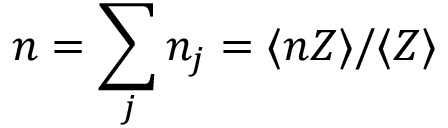
n = \sum _ { j } n _ { j } = \langle n Z \rangle / \langle Z \rangle